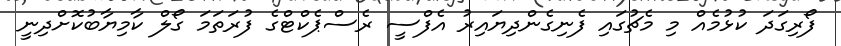
ފޯރިގަދަ ކުޅުމެއް މި މެޗުގައި ފެނިގެންދިޔައިރު އެފްސީ ރެސްޕެކްޓްގެ ފުރަތަމަ ގޯލް ކާމިޔާބުކޮށްދިނީ